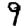
Digit: 9